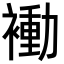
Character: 𬡬